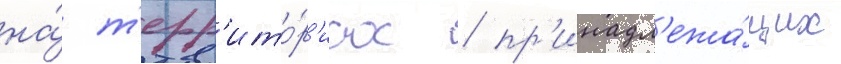
на́ т'ерр'ито́р'иах / пр'инадл'ежа́щих